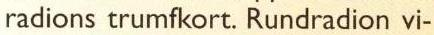
radions trumfkort. Rundradion vi-